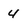
Character: 4